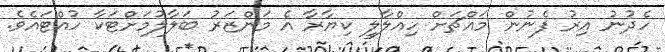
ހެދުނު އިރު ފެނުން މައްޗަށް ހިއްލާލީ ކިޔާރާ އެ މަންޒަރު ބަލާލުމަށްޓަކާ ހުއްޓައެވެ.